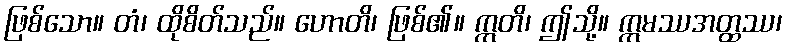
ဖြစ်သော။ တံ၊ ထိုစိတ်သည်။ ဟောတိ၊ ဖြစ်၏။ ဣတိ၊ ဤသို့။ ဣမဿအတ္ထဿ၊